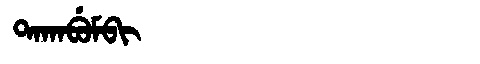
Manchu: ᡨᠠᡴᠠᠪᡠᠮᠪᡳ
Romanization: TAKABUMBI